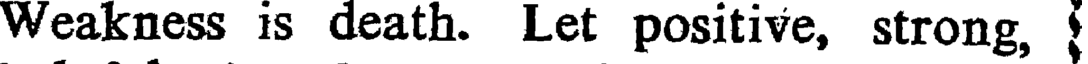
Weakness is death. Let positive, strong,